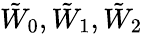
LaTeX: \tilde{W}_{0},\tilde{W}_{1},\tilde{W}_{2}